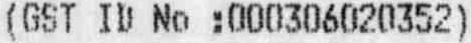
(GST ID NO :000306020352)